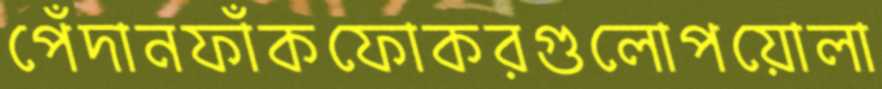
পেঁদানফাঁকফোকরগুলোপয়োলা